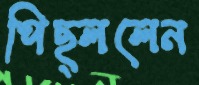
পিছ্‌ললেন